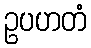
ဥပဟတံ